Report on plague and inoculation in the Punjab from October 1st ... to September 30th..., being the ... season of plague in the province
Disease focus: Plague
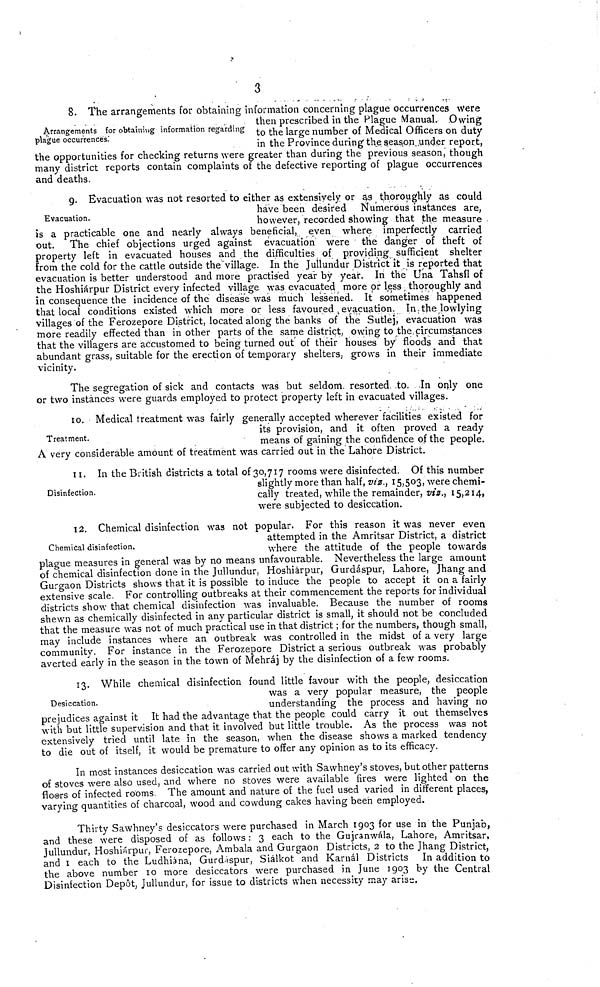
3
Arrangements for obtaining information regarding
plague occurrences.'
8. The arrangements for obtaining information concerning plague occurrences were
then prescribed in the Plague Manual. Owing
to the large number of Medical Officers on duty
in the Province during the season under report,
the opportunities for checking returns were greater than during the previous season, though
many district reports contain complaints of the defective reporting of plague occurrences
and deaths.
Evacuation.
9. Evacuation was not resorted to either as extensively or as thoroughly as could
have been desired Numerous instances are,
however, recorded showing that the measure
is a practicable one and nearly always beneficial, even where imperfectly carried
out. The chief objections urged against evacuation were the danger of theft of
property left in evacuated houses and the difficulties of providing sufficient shelter
from the cold for the cattle outside the village. In the Jullundur District it is reported that
evacuation is better understood and more practised year by year. In the Una Tahsil of
the Hoshiárpur District every infected village was evacuated more or less thoroughly and
in consequence the incidence of the disease was much lessened. It sometimes happened
that local conditions existed which more or less favoured evacuation. In the lowlying
villages of the Ferozepore District, located along the banks of the Sutlej, evacuation was
more readily effected than in other parts of the same district, owing to the circumstances
that the villagers are accustomed to being turned out of their houses by' floods and that
abundant grass, suitable for the erection of temporary shelters, grows in their immediate
vicinity.
The segregation of sick and contacts was but seldom resorted to. In only one
or two instànces were guards employed to protect property left in evacuated villages.
Treatment.
10. Medical treatment was fairly generally accepted wherever facilities existed for
its provision, and it often proved a ready
means of gaining the confidence of the people.
A very considerable amount of treatment was carried out in the Lahore District.
Disinfection.
11. In the British districts a total of 30,717 rooms were disinfected. Of this number
slightly more than half, viz., 15,503, were chemi-
cally treated, while the remainder, viz., 15,214,
were subjected to desiccation.
Chemical disinfection.
12. Chemical disinfection was not popular. For this reason it was never even
attempted in the Amritsar District, a district
where the attitude of the people towards
plague measures in general was by no means unfavourable. Nevertheless the large amount
of chemical disinfection done in the Jullundur, Hoshiárpur, Gurdáspur, Lahore, Jhang and
Gurgaon Districts shows that it is possible to induce the people to accept it on a fairly
extensive scale. For controlling outbreaks at their commencement the reports for individual
districts show that chemical disinfection was invaluable. Because the number of rooms
shewn as chemically disinfected in any particular district is small, it should not be concluded
that the measure was not of much practical use in that district ; for the numbers, though small,
may include instances where an outbreak was controlled in the midst of a very large
community. For instance in the Ferozepore District a serious outbreak was probably
averted early in the season in the town of Mehráj by the disinfection of a few rooms.
Desiccation.
13. While chemical disinfection found little favour with the people, desiccation
was a very popular measure, the people
understanding the process and having no
prejudices against it It had the advantage that the people could carry it out themselves
with but little supervision and that it involved but little trouble. As the process was not
extensively tried until late in the season, when the disease shows a marked tendency
to die out of itself, it would be premature to offer any opinion as to its efficacy.
In most instances desiccation was carried out with Sawhney's stoves, but other patterns
of stoves were also used, and where no stoves were available fires were lighted on the
flosrs of infected rooms. The amount and nature of the fuel used varied in different places,
varying quantities of charcoal, wood and cowdung cakes having been employed.
Thirty Sawhney's desiccators were purchased in March 1903 for use in the Punjab,
and these were disposed of as follows : 3 each to the Gujranwala, Lahore, Amritsar,
Jullundur, Hoshiárpur, Ferozepore, Ambala and Gurgaon Districts, 2 to the Jhang District,
and 1 each to the Ludhiána, Gurdaspur, Siálkot and Karnál Districts In addition to
the above number 10 more desiccators were purchased in June 1903 by the Central
Disintection Depôt, Jullundur, for issue to districts when necessity may arise.